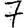
Digit: 7